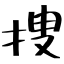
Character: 捜